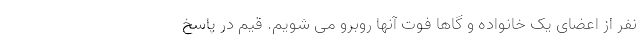
نفر از اعضای یک خانواده و گاها فوت آنها روبرو می شویم. قیم در پاسخ